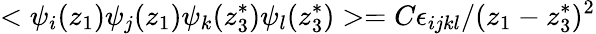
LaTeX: <\psi_{i}(z_{1})\psi_{j}(z_{1})\psi_{k}(z_{3}^{*})\psi_{l}(z_{3}^{*})>=C\epsilon_{ijkl}/(z_{1}-z_{3}^{*})^{2}